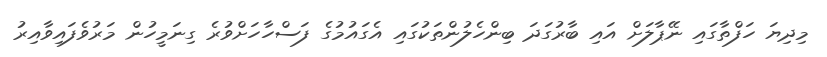
މިދިޔަ ހަފްތާގައި ނޭޕާލަށް އައި ބާރުގަދަ ބިންހެލުންތަކުގައި އެގައުމުގެ ފަސްހާހަށްވުރެ ގިނަމީހުން މަރުވެފައިވާއިރު